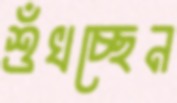
শুঁখচ্ছেন